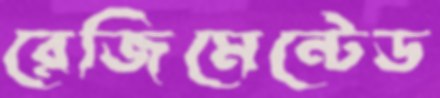
রেজিমেন্টেড